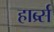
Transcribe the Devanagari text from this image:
हार्ब्र्स